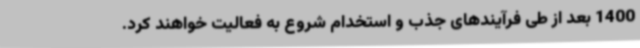
1400 بعد از طی فرآیندهای جذب و استخدام شروع به فعالیت خواهند کرد.